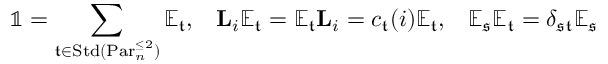
\mathbb { 1 } = \sum _ { \mathfrak { t } \in \mathrm { S t d } ( \mathrm { P a r } _ { n } ^ { \le 2 } ) } \mathbb { E } _ { \mathfrak { t } } , \, \, \, \, \, \mathbf { L } _ { i } \mathbb { E } _ { \mathfrak { t } } = \mathbb { E } _ { \mathfrak { t } } \mathbf { L } _ { i } = c _ { \mathfrak { t } } ( i ) \mathbb { E } _ { \mathfrak { t } } , \, \, \, \, \, \mathbb { E } _ { \mathfrak { s } } \mathbb { E } _ { \mathfrak { t } } = \delta _ { \mathfrak { s } \mathfrak { t } } \mathbb { E } _ { \mathfrak { s } }